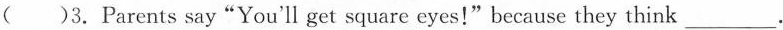
( )3.Parents say“You'll get square eyes!"because they think___.